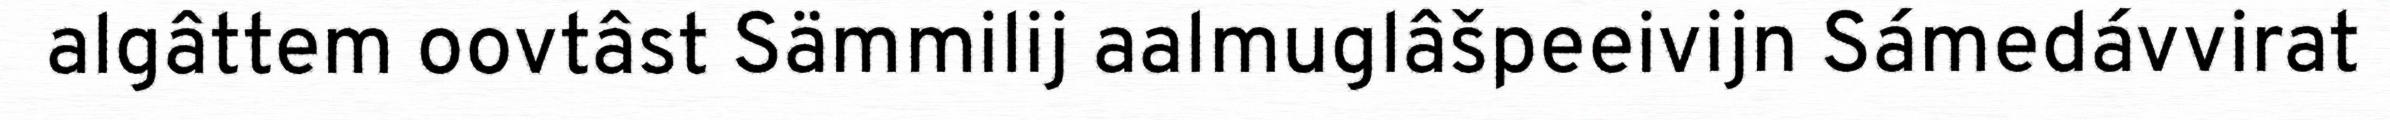
algâttem oovtâst Sämmilij aalmuglâšpeeivijn Sámedávvirat